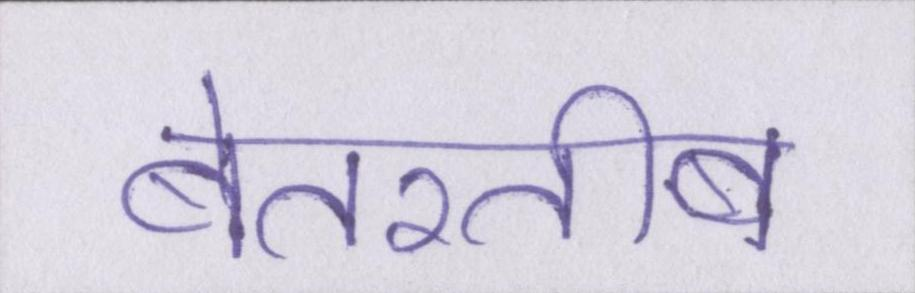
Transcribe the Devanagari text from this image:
बेतरतीब